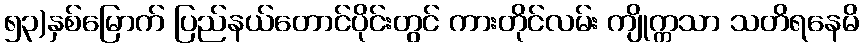
၅၃)နှစ်မြောက် ပြည်နယ်တောင်ပိုင်းတွင် ကားတိုင်လမ်း ကျိုက္ကသာ သတိရနေမိ